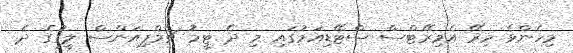
މިހެންވެ މިރޭ އެމިރޭޓްސް ސްޓޭޑިއަމުގައި މި ދެ ޓީމު ޗެމްޕިއަންސް ލީގުގެ ދެ